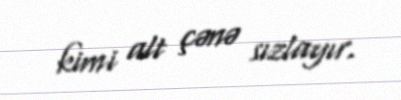
kimi alt çənə sızlayır.